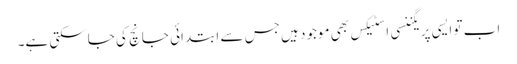
اب تو ایسی پریگننسی ا سٹیکس بھی موجود ہیں جس سے ابتدائی جانچ کی جاسکتی ہے۔